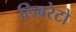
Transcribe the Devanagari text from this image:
लिबरेटो